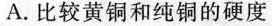
A.比较黄铜和纯铜的硬度